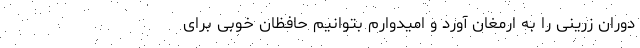
دوران زرینی را به ارمغان آورد و امیدوارم بتوانیم حافظان خوبی برای